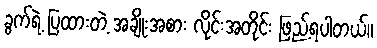
ခွက်ရဲ့ ပြထားတဲ့ အချိုးအစား လိုင်းအတိုင်း ဖြည့်ရပါတယ်။